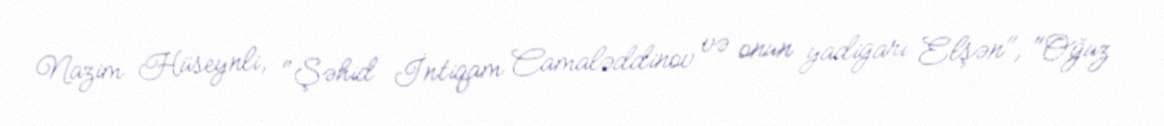
Nazim Hüseynli, "Şəhid İntiqam Camaləddinov və onun yadigarı Elşən", "Oğuz